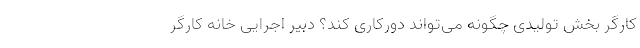
کارگر بخش تولیدی چگونه می‌تواند دورکاری کند؟ دبیر اجرایی خانه کارگر